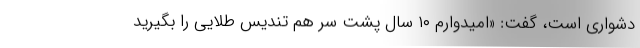
دشواری است، گفت: «امیدوارم ۱۰ سال پشت سر هم تندیس طلایی را بگیرید